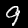
Digit: 9